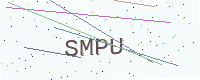
Text: SMPU